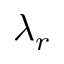
\lambda _ { r }